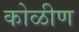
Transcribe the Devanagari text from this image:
कोळीण